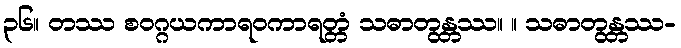
၃၆။ တဿ စဝဂ္ဂယကာရဝကာရတ္တံ သဓာတွန္တဿ။ ။ သဓာတွန္တဿ-